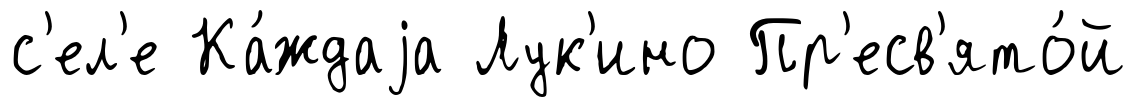
с'ел'е Ка́ждаjа Лук'ино Пр'есв'ято́й